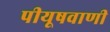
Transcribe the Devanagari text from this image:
पीयूषवाणी